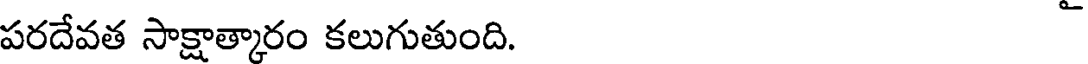
పరదేవత సాక్షాత్కారం కలుగుతుంది.